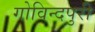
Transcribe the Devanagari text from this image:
गोविन्दपुरी